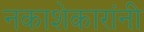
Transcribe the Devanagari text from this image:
नकाशेकारांनी